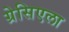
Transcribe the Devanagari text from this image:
ग्रेसिएला